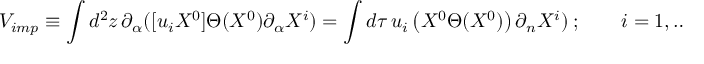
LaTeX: { V } _ { i m p } \equiv \int d ^ { 2 } z \, \partial _ { \alpha } ( [ u _ { i } X ^ { 0 } ] \Theta ( X ^ { 0 } ) \partial _ { \alpha } X ^ { i } ) = \int d \tau \, u _ { i } \left( X ^ { 0 } \Theta ( X ^ { 0 } ) \right) \partial _ { n } X ^ { i } ) ~ ; \qquad i = 1 , \ldots , 9 .